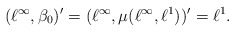
\begin{align*}(\ell^{\infty},\beta_{0})'=(\ell^{\infty},\mu(\ell^{\infty},\ell^{1}))'=\ell^{1}.\end{align*}